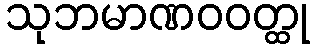
သုဘမာဏဝဝတ္ထု